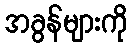
အခွန်များကို